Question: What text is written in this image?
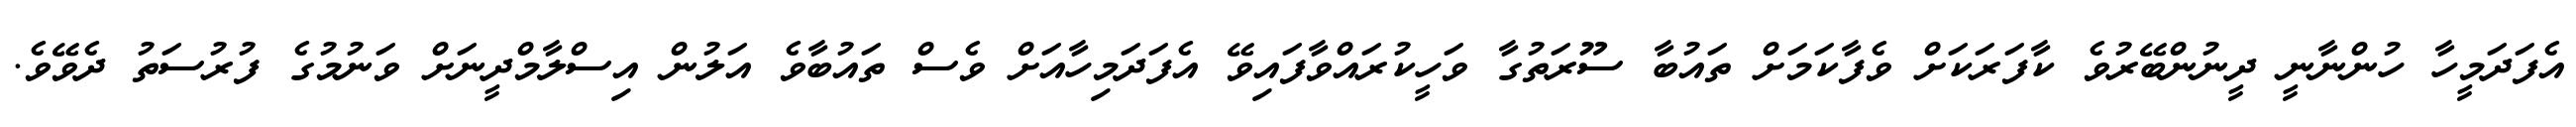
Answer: އެފަދަމީހާ ހުންނާނީ ދީނުންބޭރުވެ ކާފަރަކަށް ވެފާކަމަށް ތައުބާ ސޫރަތުގާ ވަހީކުރައްވާފައިވޭ އެފަދަމިހާއަށް ވެސް ތައުބާވެ އަލުން އިސްލާމްދީނަށް ވަނުމުގެ ފުރުސަތު ދެވޭވެ.